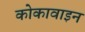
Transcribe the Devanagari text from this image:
कोकावाइन